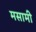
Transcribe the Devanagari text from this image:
मसामी